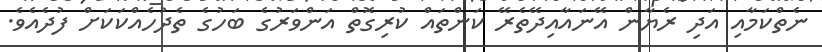
ނެތްކަމާއި އަދި ރެޔާން އޭނައާއިދޭތެރޭ ކަންތައް ކުރިގޮތް އަންވަރުގެ ބަހުގެ ތެދުހެއްކަކަށް ފުދެއެވެ.